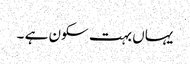
یہاں بہت سکون ہے ۔